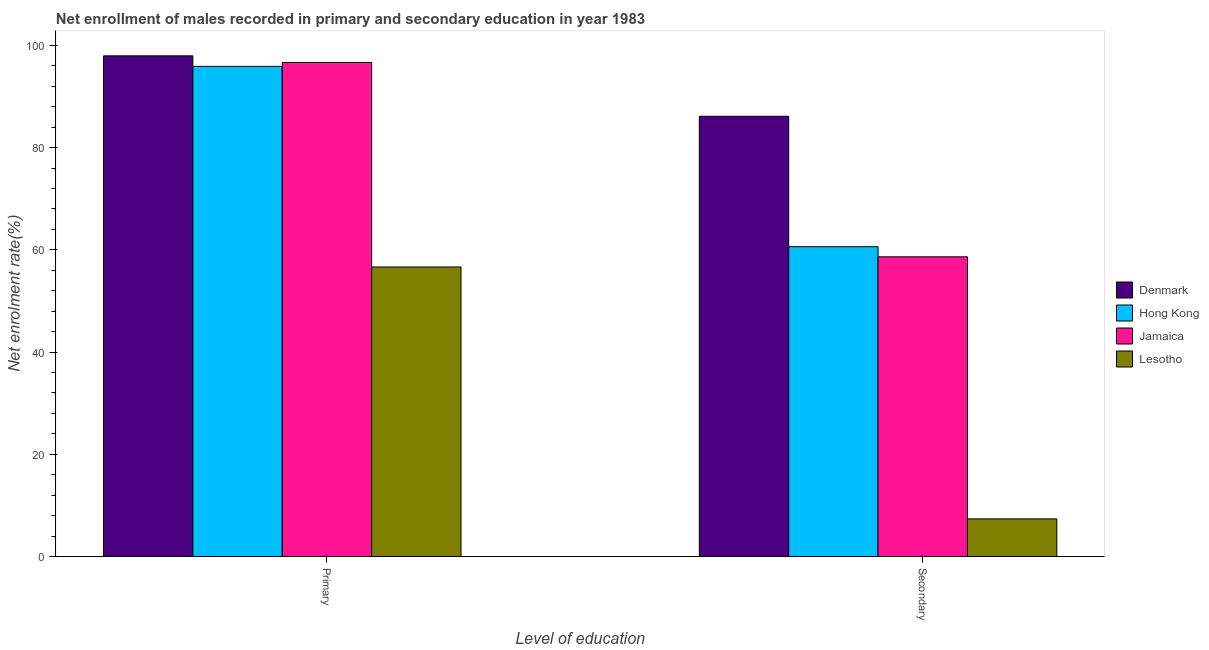
| Level of education | Denmark | Hong Kong | Jamaica | Lesotho |
 | --- | --- | --- | --- | --- |
 | Primary | 97.9 | 95.9 | 96.6 | 56.6 |
 | Secondary | 86.1 | 60.6 | 58.6 | 7.37 |